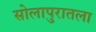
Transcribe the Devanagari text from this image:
सोलापुरातला